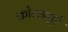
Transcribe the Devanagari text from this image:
कोल्हापुरं